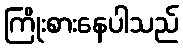
ကြိုးစားနေပါသည်